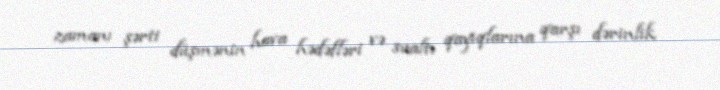
zamanı şərti düşmənin hava hədəfləri və sualtı qayıqlarına qarşı dərinlik